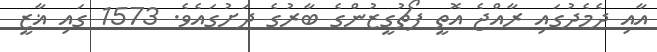
އާއި ދެމެދުގައި ރާއްޖެ އޮތީ ޕޯޗުގީޒުންގެ ބާރުގެ ދަށުގައެވެ. 1573 ގައި ޣާޒީ